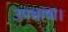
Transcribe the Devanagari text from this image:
उपभाषा।